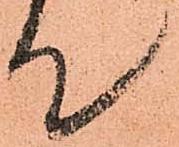
て